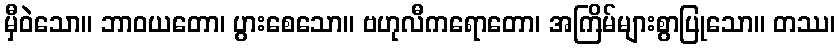
မှီဝဲသော။ ဘာဝယတော၊ ပွားစေသော။ ဗဟုလီကရောတော၊ အကြိမ်များစွာပြုသော။ တဿ၊